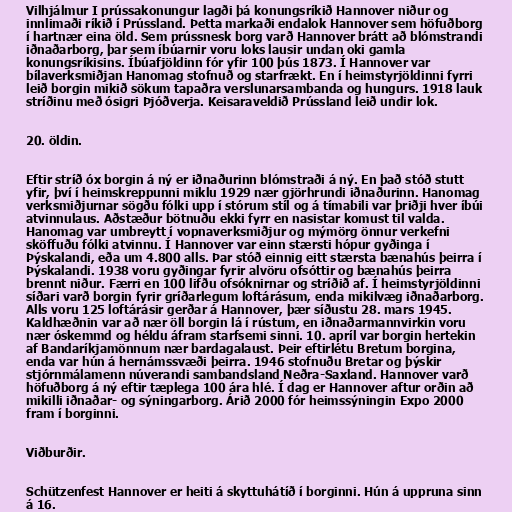
Vilhjálmur I prússakonungur lagði þá konungsríkið Hannover niður og
innlimaði ríkið í Prússland. Þetta markaði endalok Hannover sem höfuðborg
í hartnær eina öld. Sem prússnesk borg varð Hannover brátt að blómstrandi
iðnaðarborg, þar sem íbúarnir voru loks lausir undan oki gamla
konungsríkisins. Íbúafjöldinn fór yfir 100 þús 1873. Í Hannover var
bílaverksmiðjan Hanomag stofnuð og starfrækt. En í heimstyrjöldinni fyrri
leið borgin mikið sökum tapaðra verslunarsambanda og hungurs. 1918 lauk
stríðinu með ósigri Þjóðverja. Keisaraveldið Prússland leið undir lok.

20. öldin.

Eftir stríð óx borgin á ný er iðnaðurinn blómstraði á ný. En það stóð stutt
yfir, því í heimskreppunni miklu 1929 nær gjörhrundi iðnaðurinn. Hanomag
verksmiðjurnar sögðu fólki upp í stórum stíl og á tímabili var þriðji hver íbúi
atvinnulaus. Aðstæður bötnuðu ekki fyrr en nasistar komust til valda.
Hanomag var umbreytt í vopnaverksmiðjur og mýmörg önnur verkefni
sköffuðu fólki atvinnu. Í Hannover var einn stærsti hópur gyðinga í
Þýskalandi, eða um 4.800 alls. Þar stóð einnig eitt stærsta bænahús þeirra í
Þýskalandi. 1938 voru gyðingar fyrir alvöru ofsóttir og bænahús þeirra
brennt niður. Færri en 100 lifðu ofsóknirnar og stríðið af. Í heimstyrjöldinni
síðari varð borgin fyrir gríðarlegum loftárásum, enda mikilvæg iðnaðarborg.
Alls voru 125 loftárásir gerðar á Hannover, þær síðustu 28. mars 1945.
Kaldhæðnin var að nær öll borgin lá í rústum, en iðnaðarmannvirkin voru
nær óskemmd og héldu áfram starfsemi sinni. 10. apríl var borgin hertekin
af Bandaríkjamönnum nær bardagalaust. Þeir eftirlétu Bretum borgina,
enda var hún á hernámssvæði þeirra. 1946 stofnuðu Bretar og þýskir
stjórnmálamenn núverandi sambandsland Neðra-Saxland. Hannover varð
höfuðborg á ný eftir tæplega 100 ára hlé. Í dag er Hannover aftur orðin að
mikilli iðnaðar- og sýningarborg. Árið 2000 fór heimssýningin Expo 2000
fram í borginni.

Viðburðir.

Schützenfest Hannover er heiti á skyttuhátíð í borginni. Hún á uppruna sinn
á 16.